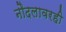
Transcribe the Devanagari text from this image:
नौदलावरही